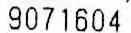
9071604